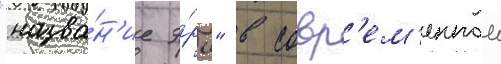
"назва́н'ие э́ры" в совр'ем'еннои